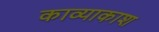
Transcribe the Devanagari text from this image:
काव्याकाश